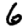
Digit: 6